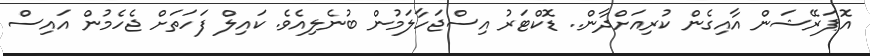
އޮޕަރޭޝަން އާއިގެން ކުރިއަށްދާން.. ޑޮކްޓަރު އިސްޖަހާލަމުން ބުނެލިއެވެ. ކައިލް ފަހަތަށް ޖެހެމުން އައިސް